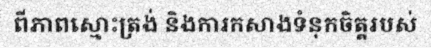
ពីភាពស្មោះត្រង់ និងការកសាងទំនុកចិត្តរបស់